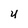
Character: U